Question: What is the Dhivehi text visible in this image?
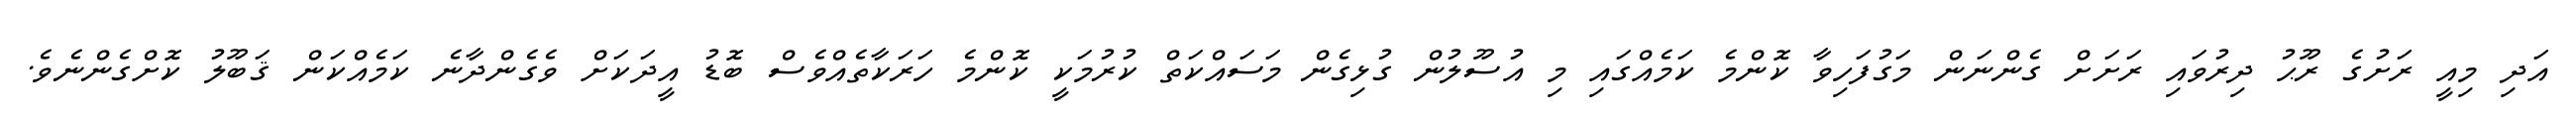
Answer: އަދި މިއީ ރަށުގެ ރޫޙު ދިރުވައި ރަށަށް ގެންނަން މަގުފަހިވާ ކޮންމެ ކަމެއްގައި މި އުސޫލުން ގުޅިގެން މަސައްކަތް ކުރުމަކީ ކޮންމެ ހަރަކާތެއްވެސް ބޮޑު އީދަކަށް ވެގެންދާނެ ކަމެއްކަން ޤަބޫލު ކޮށްގެންނެވެ.